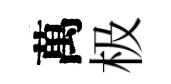
萬极